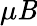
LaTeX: \mu\mathit{B}